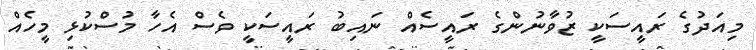
މިއަދުގެ ރައީސަކީ ޒުވާނުންގެ ރައީސެއް ނައިބު ރައީސަކީ ވެސް އެހާ މުސްކުޅި މީހެއް